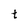
Character: t